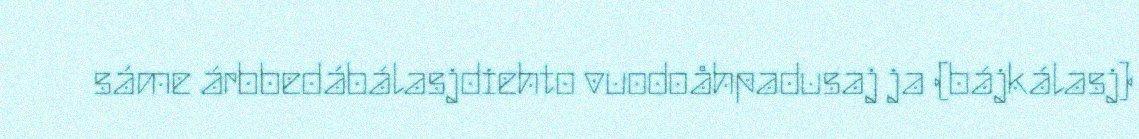
sáme árbbedábálasjdiehto vuodoåhpadusaj ja (bájkálasj)